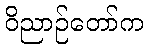
ဝိညာဉ်တော်က